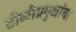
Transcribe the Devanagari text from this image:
टोळीप्रमुखांचा